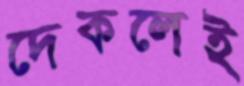
দেকলেই